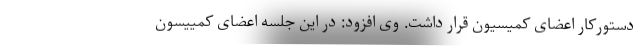
دستورکار اعضای کمیسیون قرار داشت. وی افزود: در این جلسه اعضای کمییسون